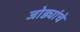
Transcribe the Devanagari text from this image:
जोड्यांचे